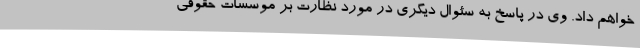
خواهم داد. وی در پاسخ به سئوال دیگری در مورد نظارت بر موسسات حقوقی